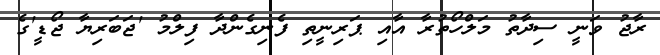
ރާޖު ވަނީ ސިދާތު މަލްހޯތުރާ އާއި ޕަރިނީތި ފެނިގެންދާ ފިލްމު 'ޖަބަރިޔާ ޖޯޑީ'ގެ